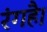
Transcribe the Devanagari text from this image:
रंगहै।